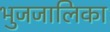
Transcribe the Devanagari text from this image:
भुजजालिका